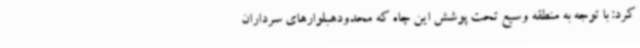
کرد: با توجه به منطقه وسیع تحت پوشش این چاه که محدودهبلوارهای سرداران